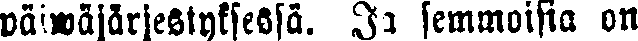
päiwäjärjestyksessä. Ja semmoisia on